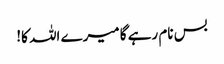
بس نام رہے گا میرے اللہ کا!